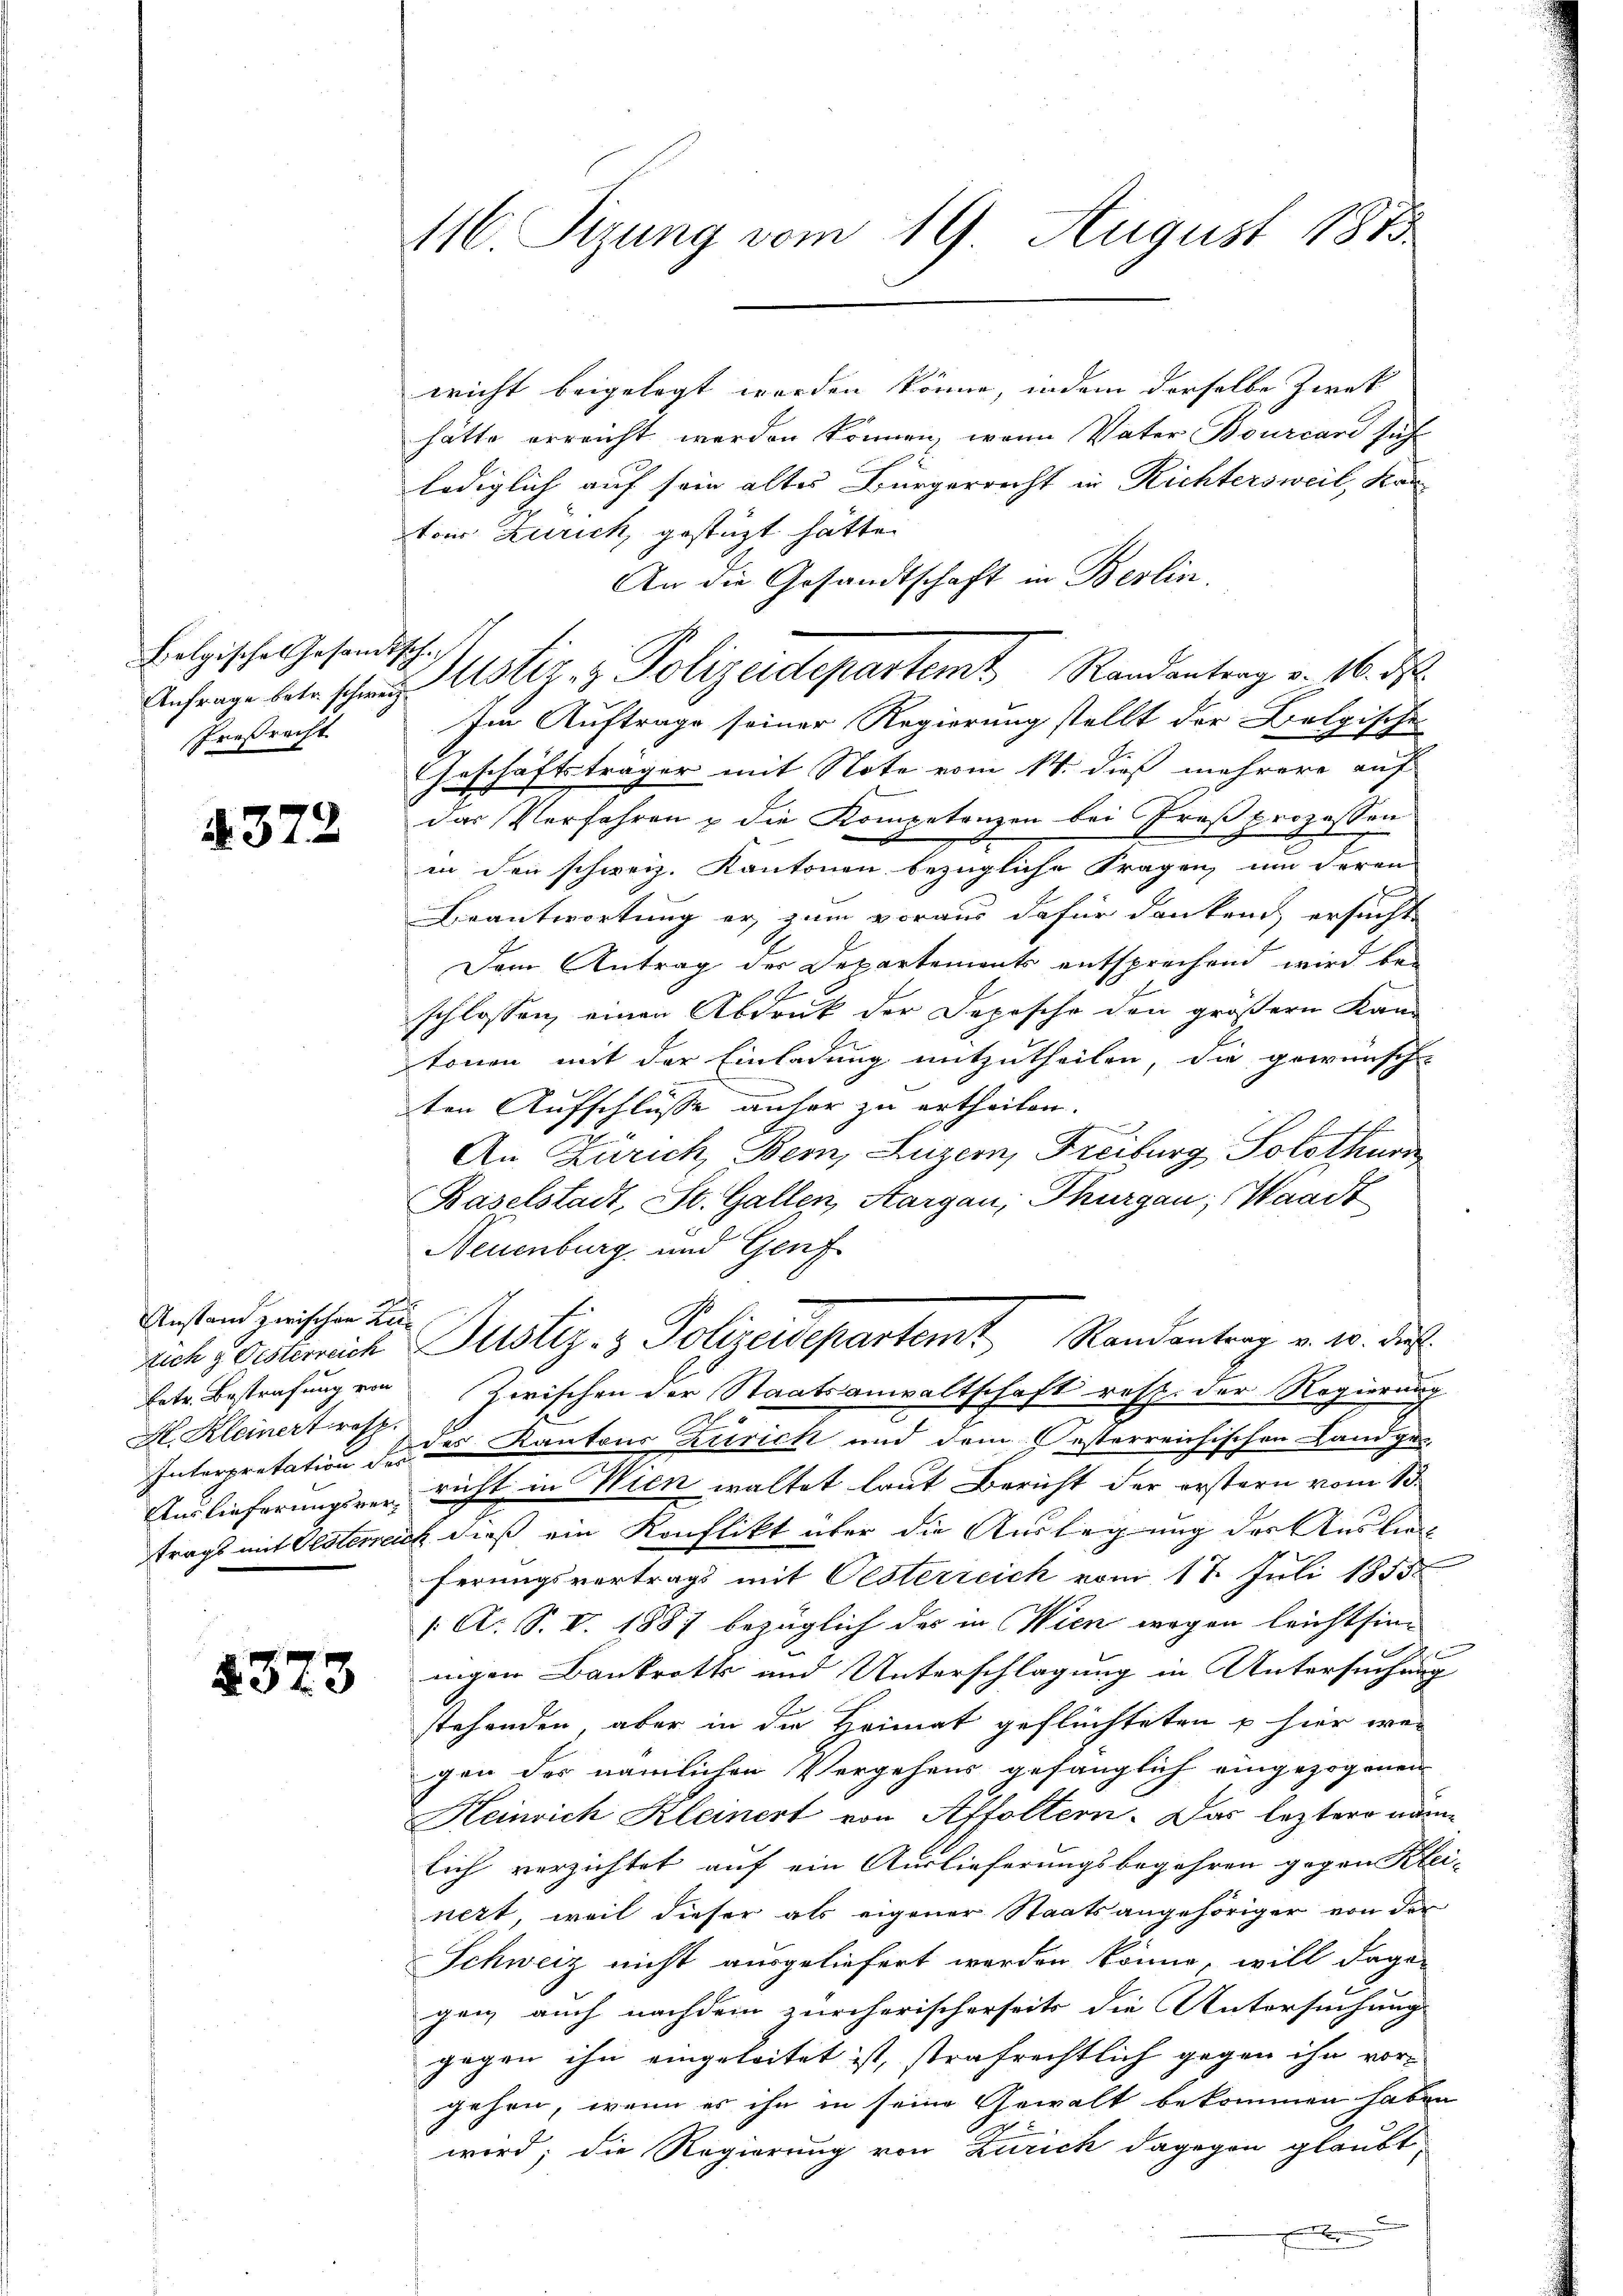
Eolgisches Gesandtsche
Proßracht.

4372

Anstand zwischen Zu¬
H. Kleinert resp.

2323

116 Sizung vom 19 August 1873

wicht beigelegt worden könne, indem derselbe Zwek
hätte erreicht werden können, wenn Vater Bourcare suche
lediglich auf sein altes Bürgerrecht in Richtersweil, Kan
ton Zürich, gestüzt hätte.
An die Gesandtschaft in Berlin.
Im Auftrage seiner Regierung stellt der Belgische
Geschäftsträger mit Note vom 14. dieß mehrere auf
das Verfahren & die Kompetenzen bei Proßprozessen
in den schweiz. Kantonen bezügliche Fragen, um deren
Beantwortung er, zum voraus dafür dankend, ersucht
Dem Antrag des Departements entsprechend wird be-
schlossen, einen Abdruck der Depesche den größern Kam-
tonen mit der Einladung mitzutheilen, die gewünsch-
ten Aufschlüsse anher zu ertheilen.
An Zürich, Bern, Luzern, Freiburg, Solothurn
Baselstadt, St. Gallen, Aargau, Thurgau, Waadt
Neuenburg und Genf
rich Posterreich Justiz- & Polizeidepartemt Randantrag v. 10. di
fote. Bestrafung von Zwischen der Staatsanwaltschaft resp. der Regierung
Interpretation der Kantons Zürich und dem Oesterreichischen Landgu
Auslieferungsrer richt in Wien waltet laut Bericht der erstern vom 13.
trags mit Oesterreich dieß ein Konflikt über die Auslegung der Auslieg
ferungsvertrags mit Oesterreich vom 17. Juli 1855
/A. S. V. 1887 bezüglich des in Wien wegen leichtsin-

nigen Bankrotts und Unterschlagung in Untersuchung
stehenden, aber in die Heimat geflüchteten u hier wei
gen des nämlichen Vergehens gefänglich eingezogenen
Heinrich Kleinert von Affoltern. Das leztere näme,
lich verzichtet auf ein Auslieferungsbegehren gegen Klei-
nett, weil dieser als eigener Staatsangehöriger von der
Schweiz nicht ausgeliefert werden könne, will dage-
gen, auch nachdem zürcherischerseits die Untersuchung
gegen ihn eingeleitet ist, strafrechtlich gegen ihn vorgehen, wenn es ihn in seine Gewalt bekommen haben
wird; die Regierung von Zürich dagegen glaubt

Anfrage betr schen Astiz- & Polizeidepartemt Randantrag v. 16. ds.